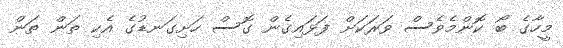
މީހާގެ ބޯ ކޮންމެވެސް ވަރަކަށް ފަޅައިގެން ގޮސް ހަށިގަނޑުގެ އެކި ތަން ތަން